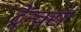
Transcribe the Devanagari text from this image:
ट्रेन्चर्स